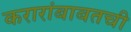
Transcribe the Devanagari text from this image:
करारांबाबतची